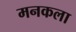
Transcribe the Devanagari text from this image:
मनकला